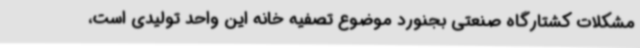
مشکلات کشتارگاه صنعتی بجنورد موضوع تصفیه خانه این واحد تولیدی است،